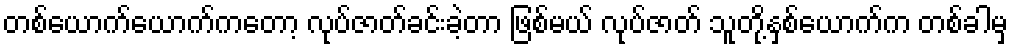
တစ်ယောက်ယောက်ကတော့ လုပ်ဇာတ်ခင်းခဲ့တာ ဖြစ်မယ် လုပ်ဇာတ် သူတို့နှစ်ယောက်က တစ်ခါမှ